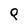
Character: p